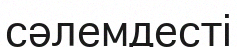
сәлемдесті